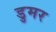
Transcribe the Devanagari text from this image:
डुमर